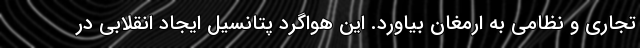
تجاری و نظامی به ارمغان بیاورد. این هواگرد پتانسیل ایجاد انقلابی در